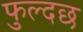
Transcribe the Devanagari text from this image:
फुल्दछ